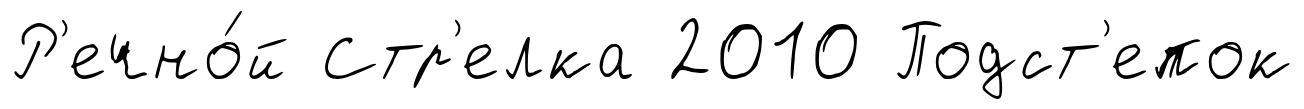
Р'ечно́й Стр'елка 2010 Подст'епок